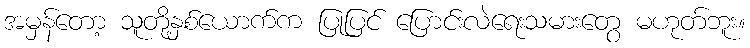
အမှန်တော့ သူတို့နှစ်ယောက်က ပြုပြင် ပြောင်းလဲရေးသမားတွေ မဟုတ်ဘူး။